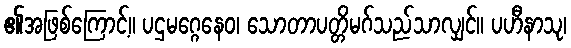
၏အဖြစ်ကြောင့်။ ပဌမဂ္ဂေနေဝ၊ သောတာပတ္တိမဂ်သည်သာလျှင်။ ပဟီနာသု၊